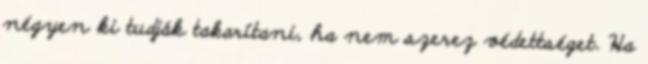
négyen ki tudják takarítani, ha nem szerez védettséget. Ha